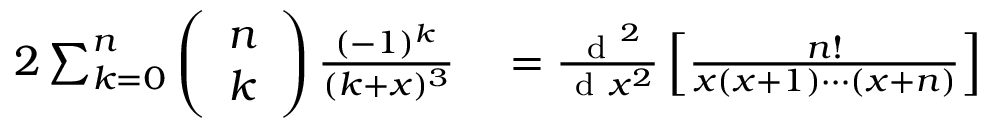
\begin{array} { r l } { 2 \sum _ { k = 0 } ^ { n } \left( \begin{array} { l } { n } \\ { k } \end{array} \right) \frac { ( - 1 ) ^ { k } } { ( k + x ) ^ { 3 } } } & { { } = \frac { \mathrm { ~ d ~ } ^ { 2 } } { \mathrm { ~ d ~ } x ^ { 2 } } \left[ \frac { n ! } { x ( x + 1 ) \cdots ( x + n ) } \right] } \end{array}